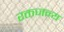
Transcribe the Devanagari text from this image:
रक्तजन्य